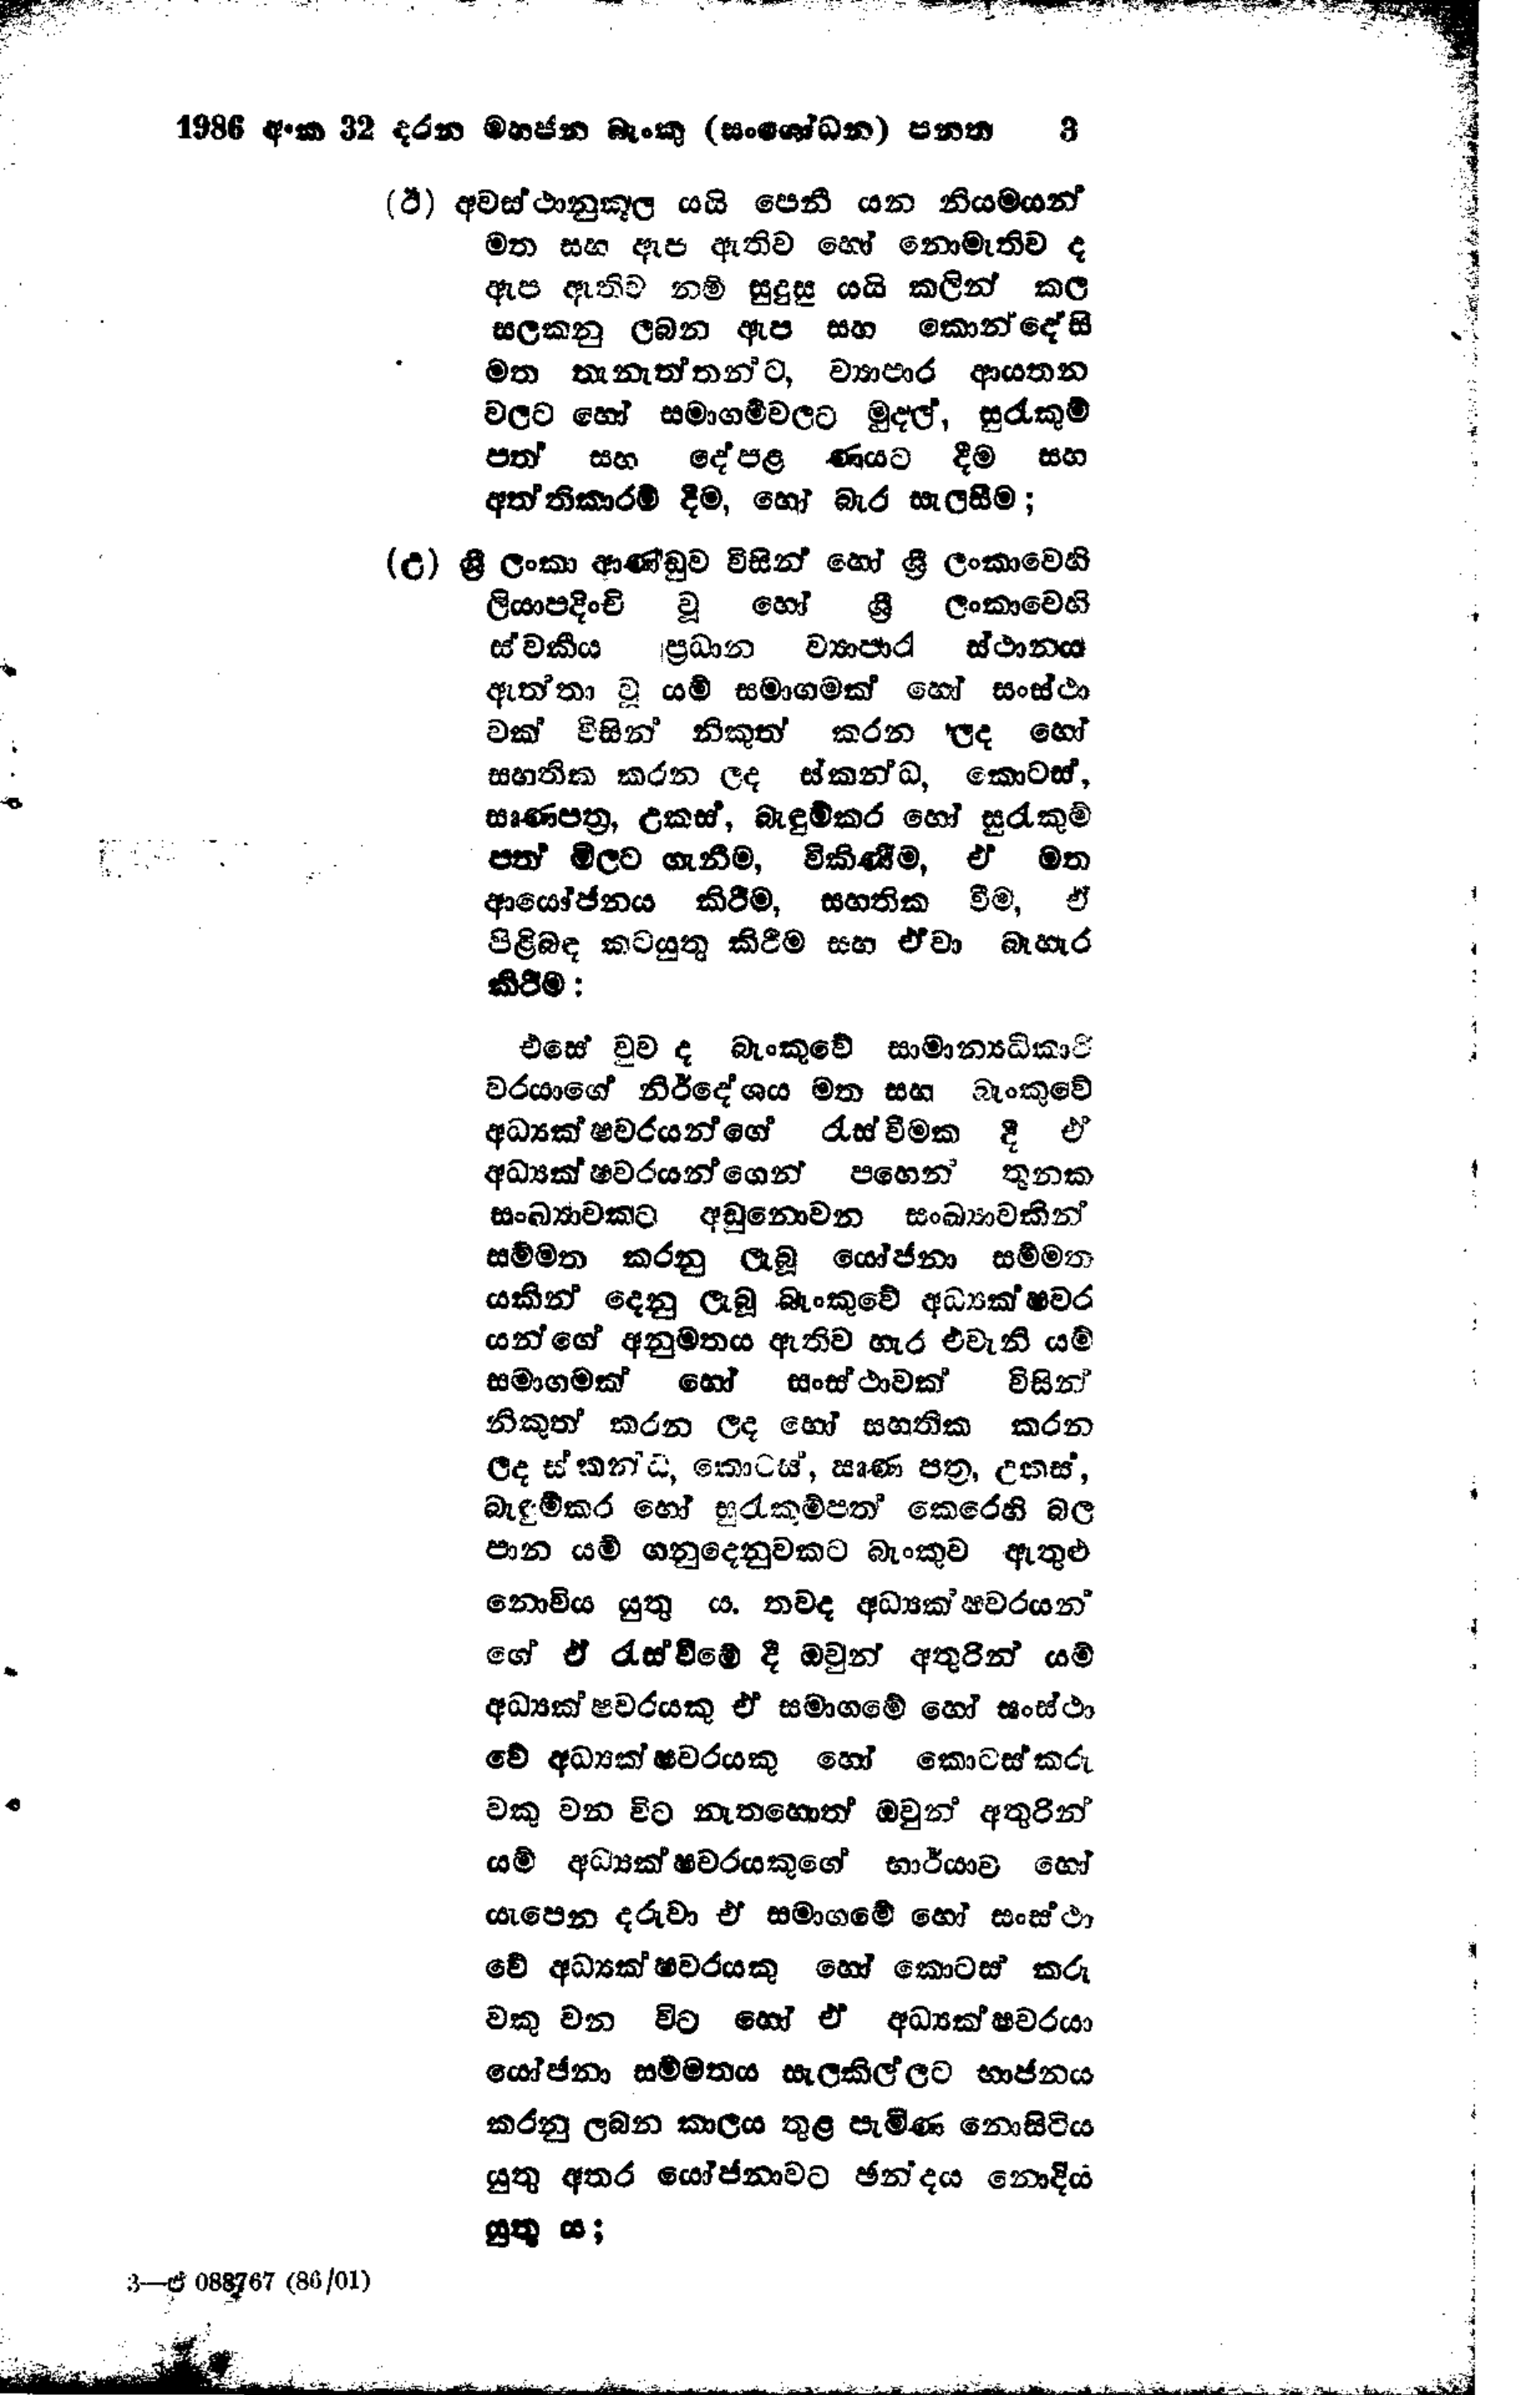
1986 අංක 32 දරන මහජන බැංකු (සංශෝධන) පනත  3

(ඊ) අවස්ථානුකූල යයි පෙනී යන නියමයන්
මත සහ ඇප ඇතිව හෝ නොමැතිව ද
ඇප ඇතිව නම් සුදුසු යයි කලින් කල
සලකනු ලබන ඇප සහ කොන්දේසි
මත තානැත්තන්ට, ව්‍යාපාර ආයතන
වලට හෝ සමාගම්වලට මුදල්, සුරැකුම්
පත සහ දේපළ ණයට දීම සහ
අත්තිකාරම් දීම, හෝ බැර සැලසීම;

(උ) ශ්‍රී ලංකා ආණ්ඩුව විසින් හෝ ශ්‍රී ලංකාවෙහි
ලියාපදිංචි වූ හෝ ශ්‍රී ලංකාවෙහි
ස්වකීය ප්‍රධාන ව්‍යාපාර ස්ථානය
ඇත්තා වූ යම් සමාගමක් හෝ සංස්ථා
වක් විසින් නිකුත් කරන ලද හෝ
සහතික කරන ලද ස්කන්ධ,කොටස්,
සෘණපත්‍ර, උකස්, බැඳුම්කර හෝ සුරැකුම්
පන මිලට ගැනීම, විකිණීම, ඒ මත
ආයෝජනය කිරීම, සහතික වීම, ඒ
පිළිබඳ කටයුතු කිරීම සහ ඒවා බැහැර
කිරීම:

එසේ වුවද බැංකුවේ සාමාන්‍යධිකාරි
වරයාගේ නිර්දේශය මත සහ බැංකුවේ
අධ්‍යක්ෂවරයන්ගේ රැස්වීමක දී ඒ
අධ්‍යක්ෂවරයන්ගෙන් පහෙන් තුනක
සංඛ්‍යාවකට අඩු නොවන සංඛ්‍යාවකින්
සම්මත කරනු ලැබූ යෝජනා සම්මත
යකින් දෙනු ලැබූ බැංකුවේ අධ්‍යක්ෂවර
යන්ගේ අනුමතය ඇතිව හැර එවැනි යම්
සමාගමක් හෝ සංස්ථාවක් විසින්
නිකුත් කරන ලද හෝ සහතික කරන
ලද ස්කන්ධ, කොටස්, ඍණ පත්‍ර, උකස්,
බැඳුම්කර හෝ සුරැකුම්පත් කෙරෙහි බල
පාන යම් ගනුදෙනුවකට බැංකුව ඇතුළු
නොවිය යුතු ය. තවද අධ්‍යක්ෂවරයන්
ගේ ඒ රැස්වීමේ දී ඔවුන් අතුරින් යම්
අධ්‍යක්ෂවරයකු ඒ සමාගමේ හෝ සංස්ථා
වේ අධ්‍යක්ෂවරයකු හෝ කොටස් කරු
වකු වන විට නැතහොත් ඔවුන් අතුරින්
යම් අධ්‍යක්ෂවරයකුගේ භාර්යාව හෝ
යැපෙන දරුවා ඒ සමාගමේ හෝ සංස්ථා
වේ අධ්‍යක්ෂවරයකු හෝ කොටස් කරු
වකු වන විට හෝ ඒ අධ්‍යක්ෂවරයා
යෝජනා සම්මතය සැලකිල්ලට භාජනය
කරනු ලබන කාලය තුළ පැමිණ නොසිටිය
යුතු අතර යෝජනාවට ඡන්දය නොදිය
යුතු ය;

3-ඒ 088767 (86/01)